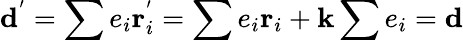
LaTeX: \textbf{d}^{'}=\sum e_{i}\textbf{r}_{i}^{'}=\sum e_{i}\textbf{r}_{i}+\textbf{k}\sum e_{i}=\textbf{d}